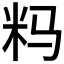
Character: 𰪪